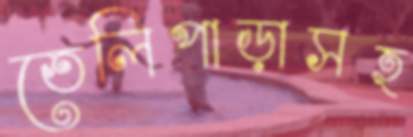
তেলিপাড়াসহ